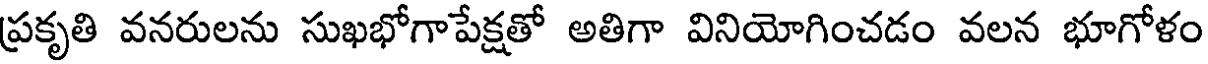
ప్రకృతి వనరులను సుఖభోగాపేక్షతో అతిగా వినియోగించడం వలన భూగోళం